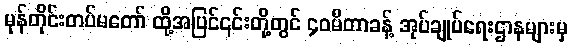
မုန်တိုင်းတပ်မတော် ထို့အပြင်၎င်းတို့တွင် ၄၀မီတာခန့် အုပ်ချုပ်ရေးဌာနများမှ